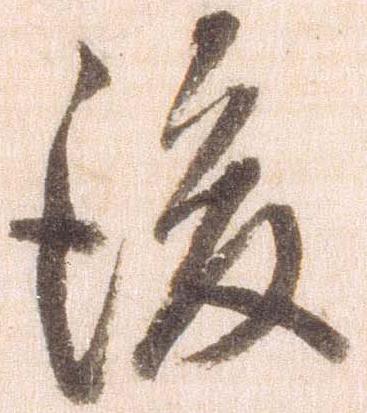
後